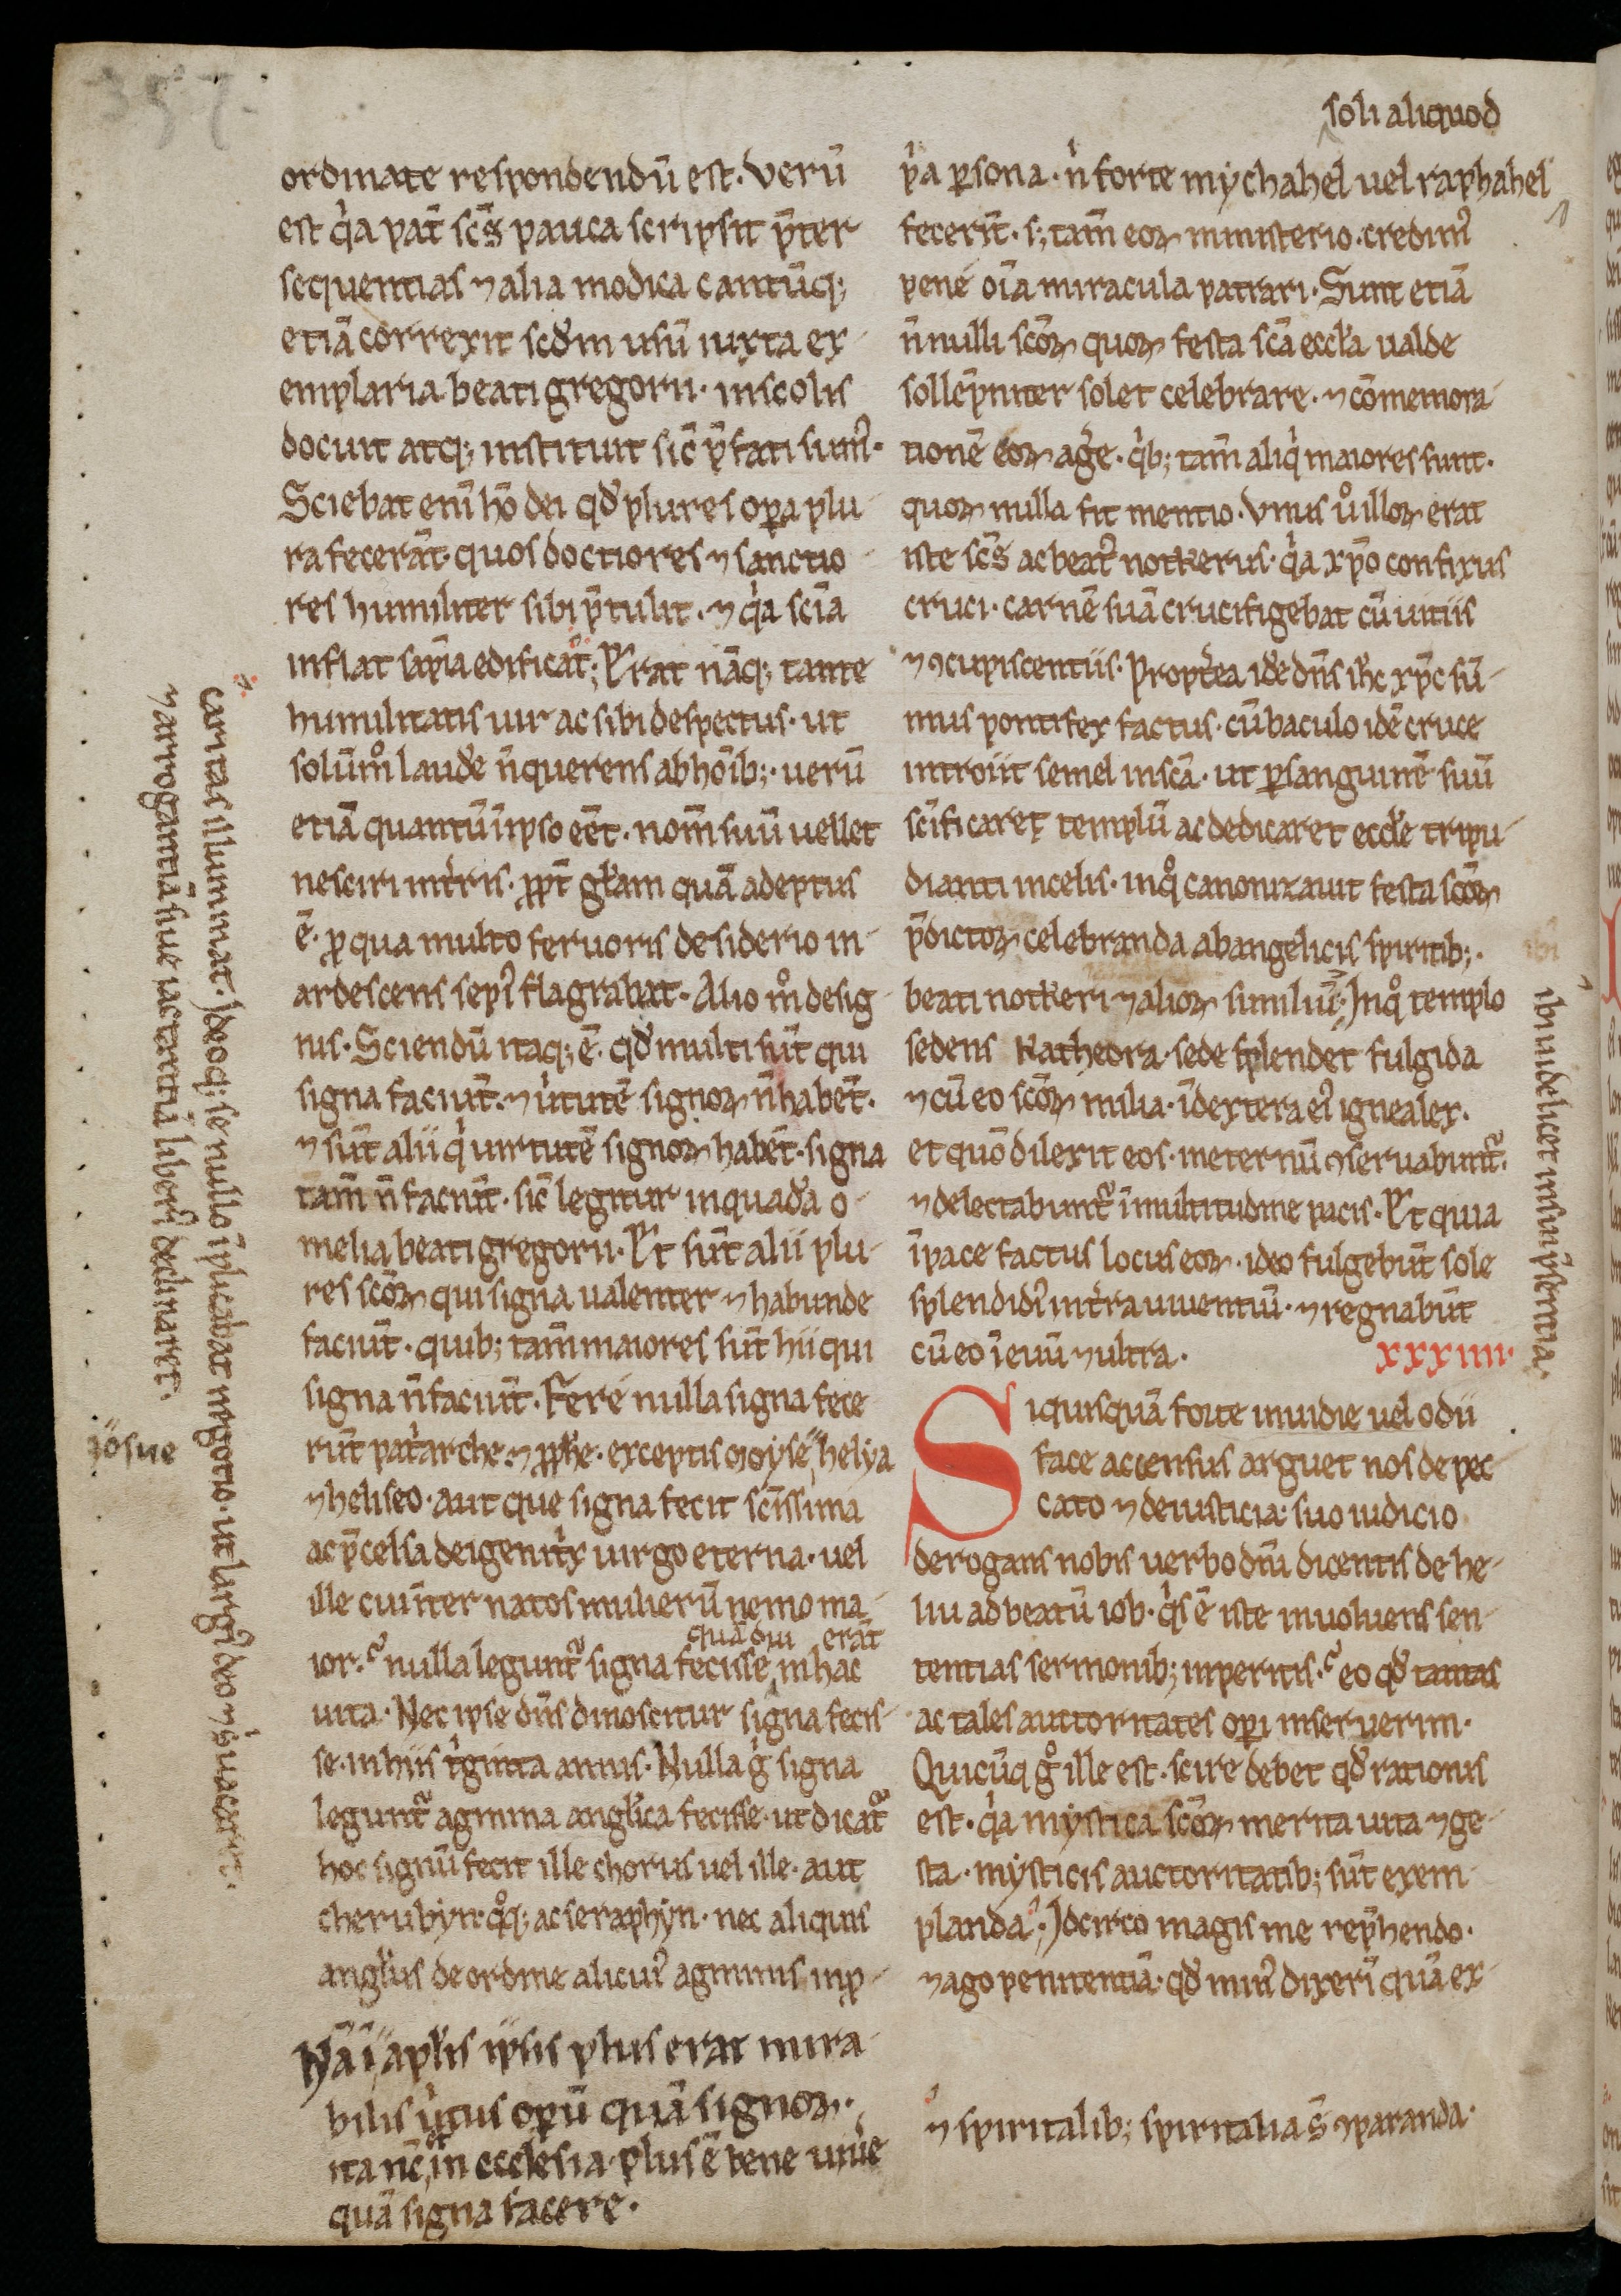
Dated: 800–999